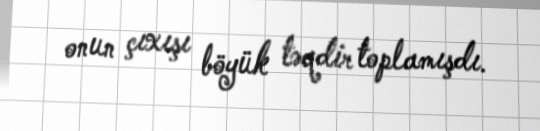
onun çıxışı böyük təqdir toplamışdı.